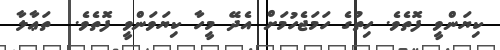
ކިޔަންވީ ފޮތެވެ. ހިތުގެ ހަމަޖެހުމަށް އެދޭ މީހާ ކިޔަވަންވީ ފޮތެވެ.  ތަޢާލާ